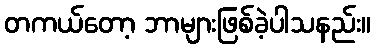
တကယ်တော့ ဘာများဖြစ်ခဲ့ပါသနည်း။